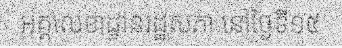
អគ្គលេខាដ្ឋានរដ្ឋសភា នៅថ្ងៃទី១៥